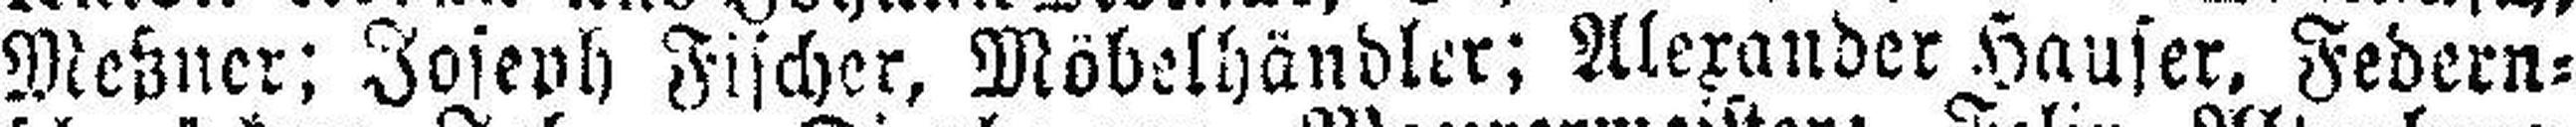
Meßner; Joseph Fischer, Möbelhändler; Alexander Hauser, Federn¬